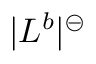
| L ^ { b } | ^ { \circleddash }